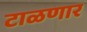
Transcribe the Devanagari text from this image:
टाळणार